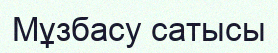
Мұзбасу сатысы